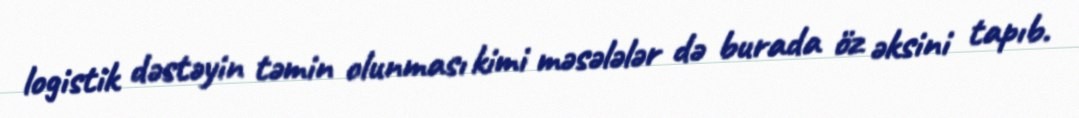
logistik dəstəyin təmin olunması kimi məsələlər də burada öz əksini tapıb.